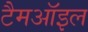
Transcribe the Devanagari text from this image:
टैमऑइल